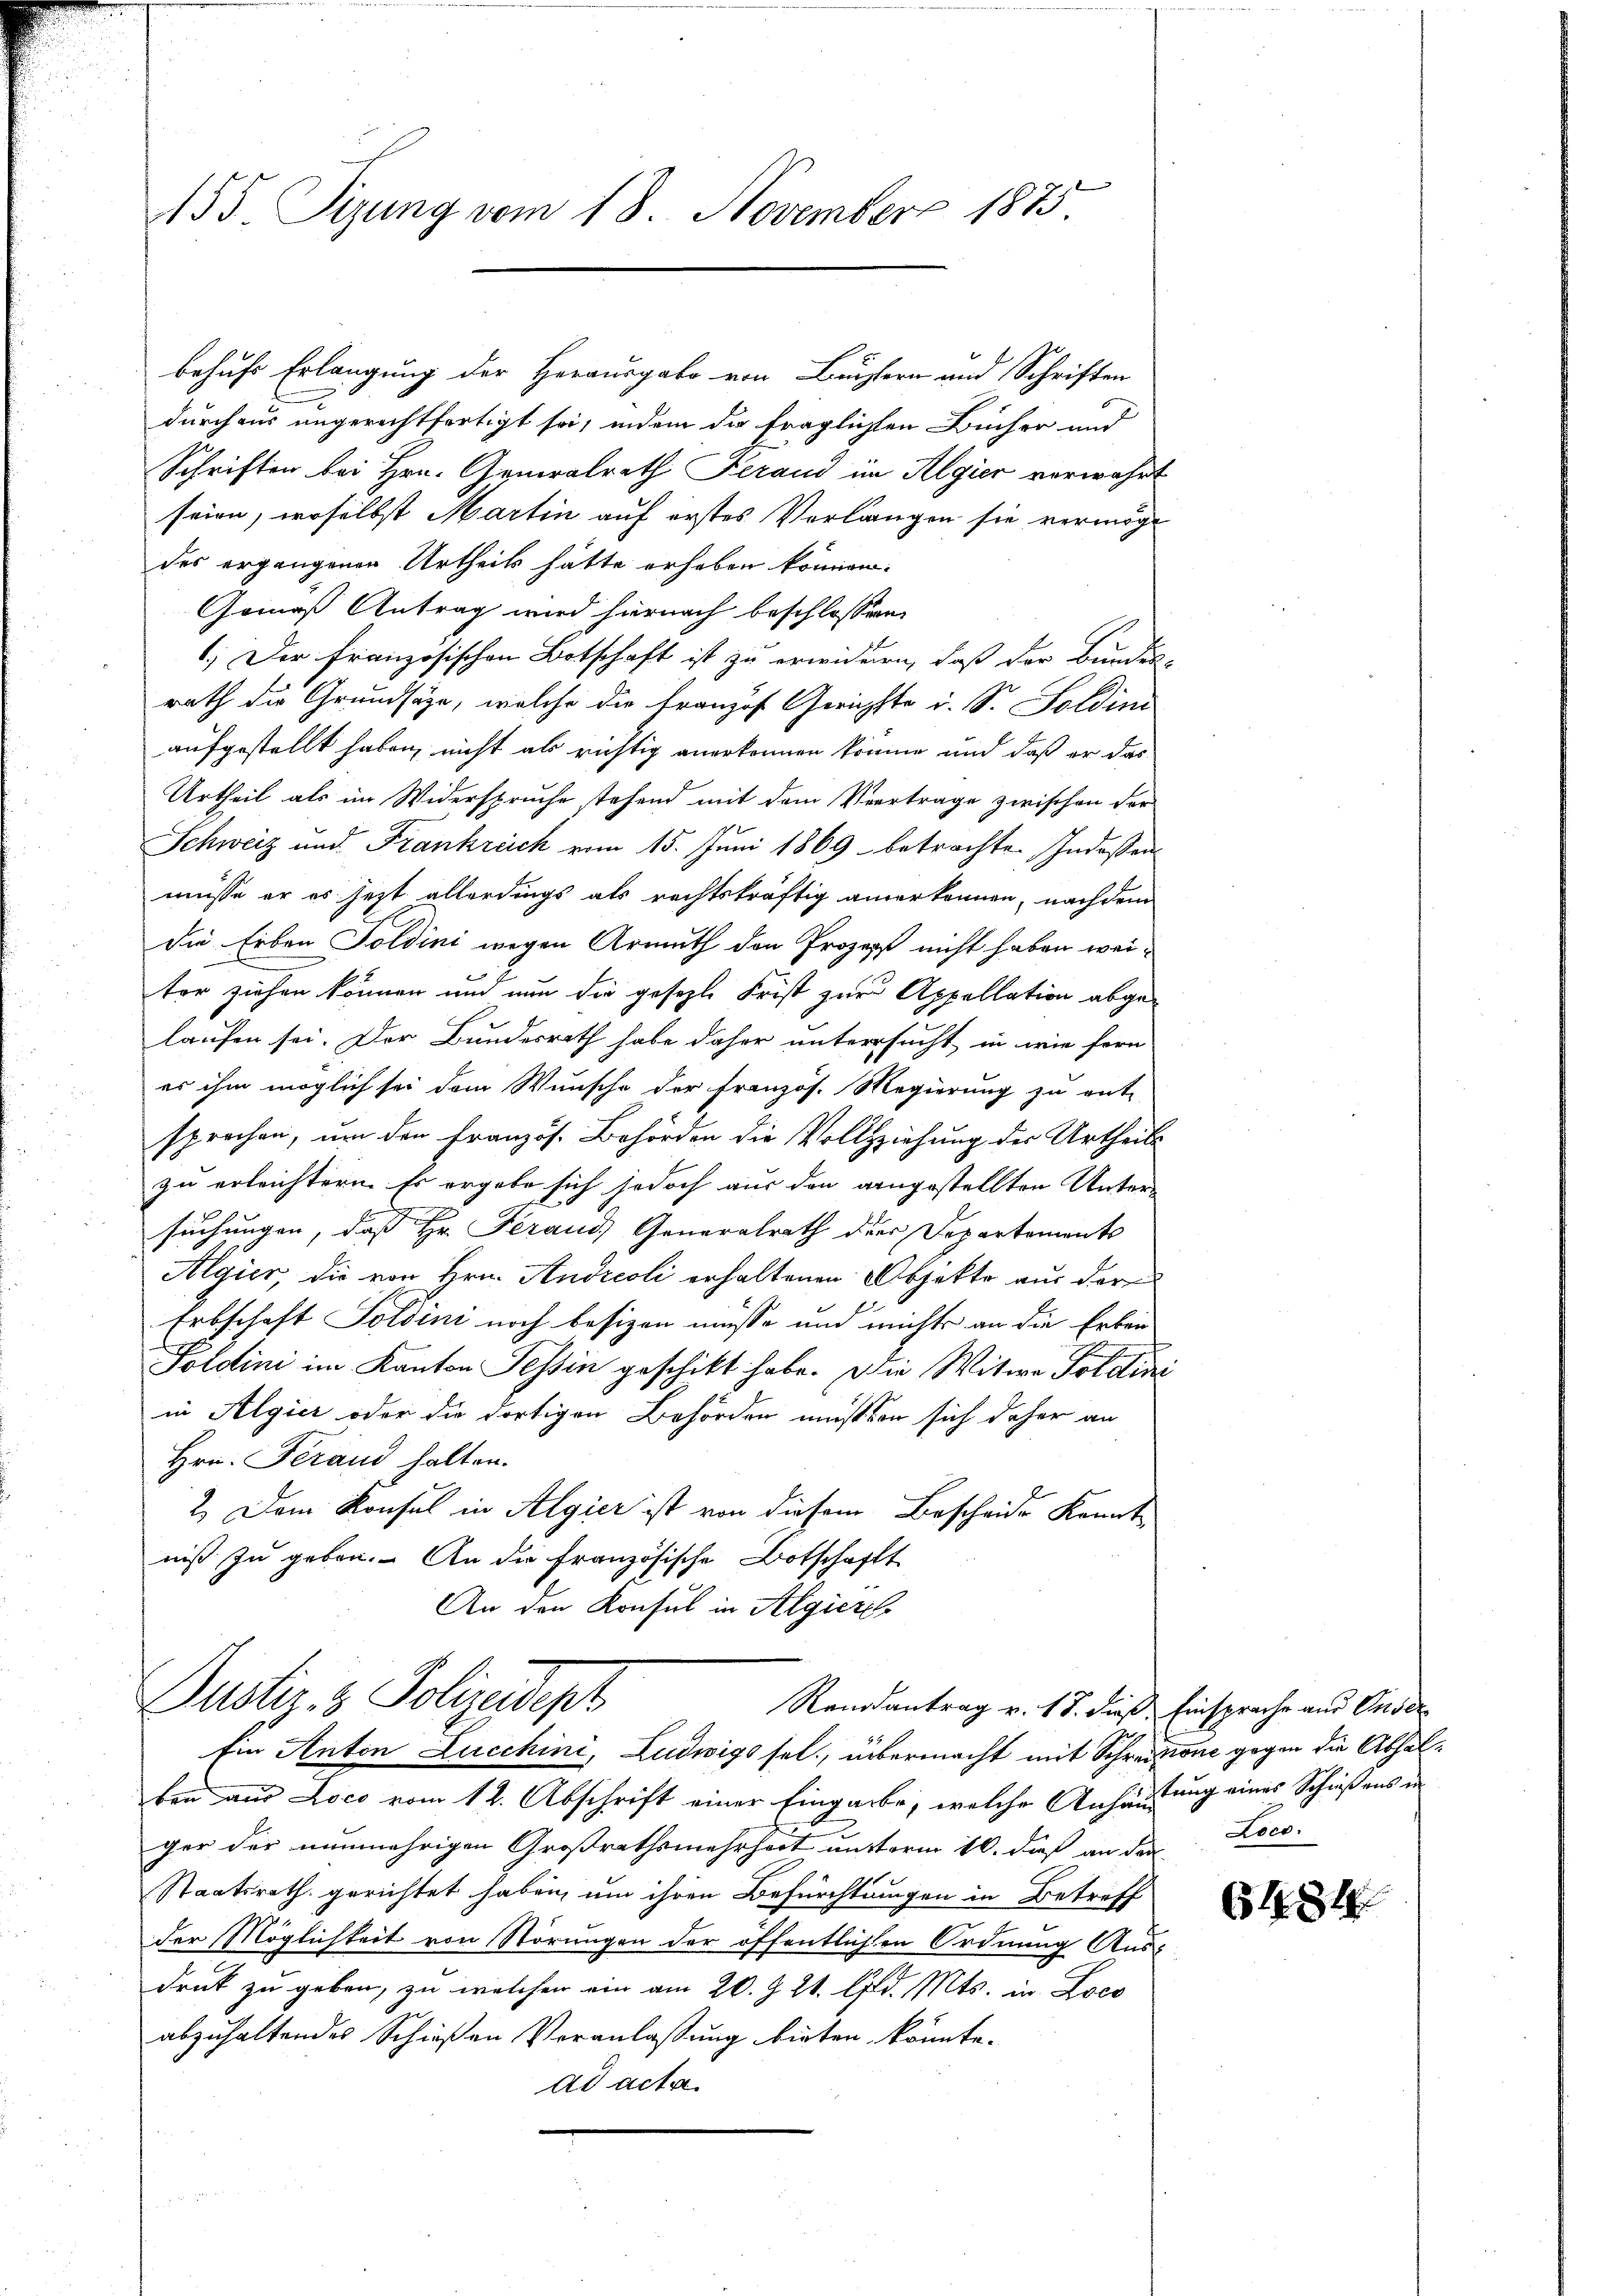
155. Sizung vom 18. November 1875

behufs Erlangung der Herausgabe von Buchlern und Schriften
durchaus ungerechtfertigt sei, indem die fraglichten Bücher und
Schriften bei Hrn. Generalrath Herand im Algier verwahrt
seien, woselbst Martin auf erstes Verlangen sie vermöge
des ergangenen Urtheils hätte erheben können.
Gemäß Antrag wird hiernach beschlossen:
1.) Der französischen Botschaft ist zu erwideren, daß der Bundes-
rath die Grundsätze, welche die Französ. Gerichte u. S. Soldini
aufgestellt haben, nicht als richtig anerkennen könne und daß er das
Urtheil als im Widerspruche stehend mit dem Vertrage zwischen dor
Schweiz und Frankreich vom 15. Juni 1869 betrachten Indossen
müsse er es jetzt allerdings als rechtskräftig anerkennen, nach dem
die Erben Toldini wegen Armuth den Prozepp nicht haben weiter ziehen können und nun die gesezte Frist zur Appellation abgelaufen sei. Der Bundesrath habe daher untersucht, in wie fern
es ihm möglich sei dem Wunsche der Französ. Regierung zu ent-
sprochen, um den Französ. Behörden die Vollziehung des Urtheils
zu erleichtern. Es ergabe sich jedoch aus den angestellten Unter-
suchungen, daß Hr. Ferand, Generalrath der Departements
Algier, die von Hrn. Andreoli erhaltenen Objekte aus der
Erbschaft Soldini noch besizen müsse und nichts an die Erben-
Foldini im Kanton Tessin geschickt habe. Die Witwe Toldins
in Algier oder die dortigen Behörden mussten sich daher an
Hrn. Ferand halten.
2.) Dem Konsul in Algier ist von diesem Bescheide konnte
niß zu geben. An die französische Botschaftt
An den Konsul in Algiere

Dustiz- & Polizeidept
Rennantrag v. 18. dieß, Einsprache und Ander
Ein Anton Lucchini, Ludwigs sel., übermacht mit Schreinen gegen die Abhal¬

ben aus Loco vom 12. Abschrift einer Eingarbe, welche Anhäutung eines Schießens in
ger der nunmehrigen Großrathsmehrheit unterm 10. daß an der
Staatsrath gerichtet haben, um ihren Befürchtungen in Betreff
der Möglichkeit von Störungen der öffentlichen Ordnung Ausdruck zu geben, zu welchen ein am 20. Z. 21. d. Mts. in Loca
abzuhaltendes Schießen Veranlaßung birten könnte.
ad acta

Loco.

6184